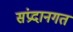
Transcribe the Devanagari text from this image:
संप्रदानगत